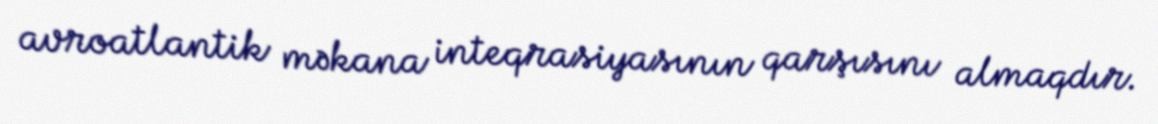
avroatlantik məkana inteqrasiyasının qarşısını almaqdır.